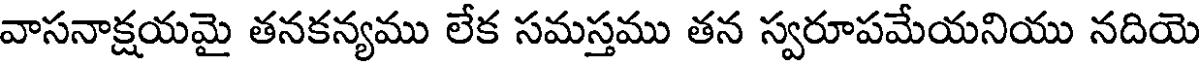
వాసనాక్షయమై తనకన్యము లేక సమస్తము తన స్వరూపమేయనియు నదియె